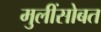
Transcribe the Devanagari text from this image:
मुलींसोबत